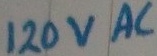
Text: 120VAC